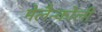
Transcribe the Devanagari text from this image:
मेलैन्कोली